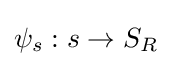
\psi _{s}:s\rightarrow S_{R}